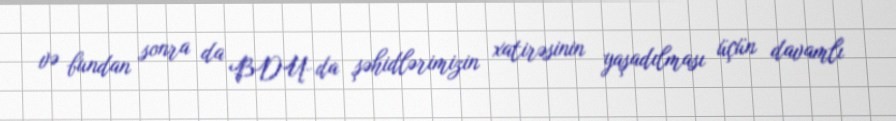
və bundan sonra da BDU-da şəhidlərimizin xatirəsinin yaşadılması üçün davamlı